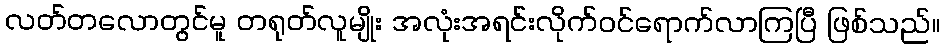
လတ်တလောတွင်မူ တရုတ်လူမျိုး အလုံးအရင်းလိုက်ဝင်ရောက်လာကြပြီ ဖြစ်သည်။